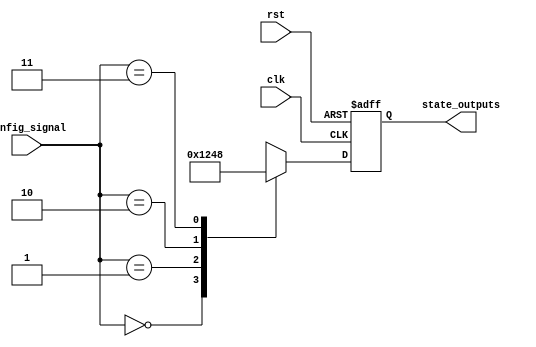
module ConfigurableInitialConditions #(
    parameter NUM_OUTPUTS = 4,          // Number of output states
    parameter CONFIG_WIDTH = 2           // Width of the config signal
)(
    input wire [CONFIG_WIDTH-1:0] config_signal, // Config signal to determine initial conditions
    input wire clk,                               // Clock signal
    input wire rst,                               // Reset signal (active high)
    output reg [NUM_OUTPUTS-1:0] state_outputs   // State outputs
);

// Internal logic to define initial conditions based on config_signal
always @(posedge clk or posedge rst) begin
    if (rst) begin
        // Reset condition: set outputs to default state (e.g., all zeros)
        state_outputs <= {NUM_OUTPUTS{1'b0}};
    end else begin
        // Apply initial conditions based on config_signal
        case (config_signal)
            2'b00: state_outputs <= 4'b0001; // Condition 0
            2'b01: state_outputs <= 4'b0010; // Condition 1
            2'b10: state_outputs <= 4'b0100; // Condition 2
            2'b11: state_outputs <= 4'b1000; // Condition 3
            default: state_outputs <= {NUM_OUTPUTS{1'b0}}; // Default case
        endcase
    end
end

endmodule